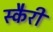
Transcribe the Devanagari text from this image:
स्कैरी